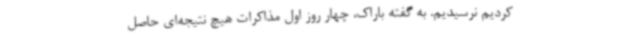
‌کردیم نرسیدیم. به گفته باراک، چهار روز اول مذاکرات هیچ نتیجه‌ای حاصل